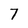
Character: 7